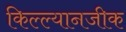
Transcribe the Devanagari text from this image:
किल्ल्यानजीक